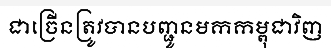
ជាច្រើនត្រូវបានបញ្ជូនមកកម្ពុជាវិញ